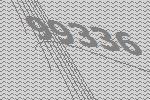
99336